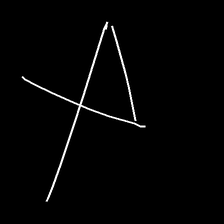
Glyph: collection